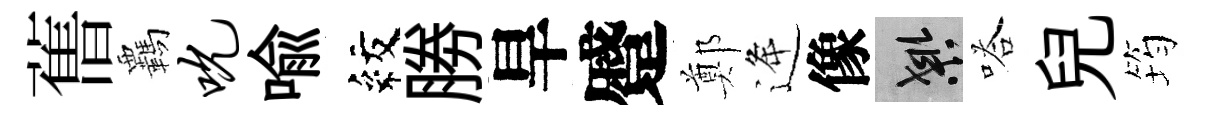
𦾔覊吮喩紋勝旱蹙鄭逄像良嗒兒筠